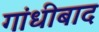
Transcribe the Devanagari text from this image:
गांधीबाद